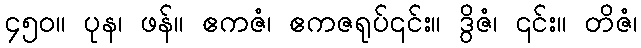
၄၅၀။ ပုန၊ ဖန်။ ဧကဇံ၊ ဧကဇရုပ်၎င်း။ ဒွိဇံ၊ ၎င်း။ တိဇံ၊